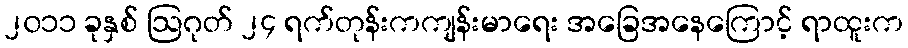
၂၀၁၁ ခုနှစ် ဩဂုတ် ၂၄ ရက်တုန်းကကျန်းမာရေး အခြေအနေကြောင့် ရာထူးက